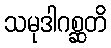
သမုဒါဂစ္ဆတိ